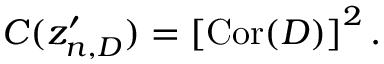
C ( z _ { n , D } ^ { \prime } ) = \left[ \mathrm { C o r } ( D ) \right] ^ { 2 } .